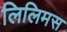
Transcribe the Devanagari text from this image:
लिलिमस